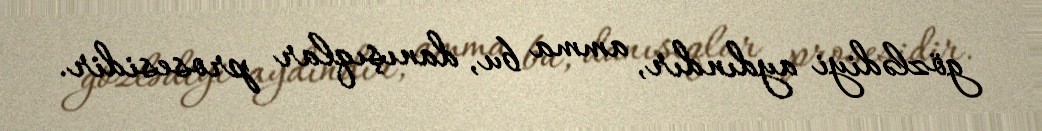
gözlədiyi aydındır, amma bu, danışıqlar prosesidir.